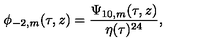
\phi _ { - 2 , m } ( \tau , z ) = \frac { \Psi _ { 1 0 , m } ( \tau , z ) } { \eta ( \tau ) ^ { 2 4 } } ,